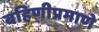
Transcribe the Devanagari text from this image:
बहिणीप्रमाणे